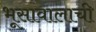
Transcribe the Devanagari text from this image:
भूसावालाची